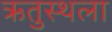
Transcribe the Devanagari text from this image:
ऋतुस्थला